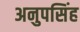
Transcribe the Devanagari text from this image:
अनुपसिंह